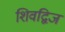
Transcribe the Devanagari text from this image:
शिवद्विज